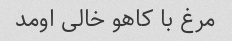
مرغ با کاهو خالی اومد